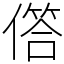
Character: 𠍹